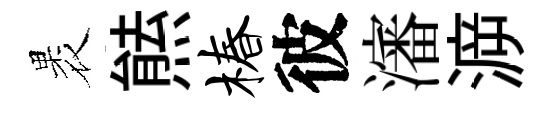
褁㷱椿彼瀋㴑